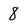
Character: 8